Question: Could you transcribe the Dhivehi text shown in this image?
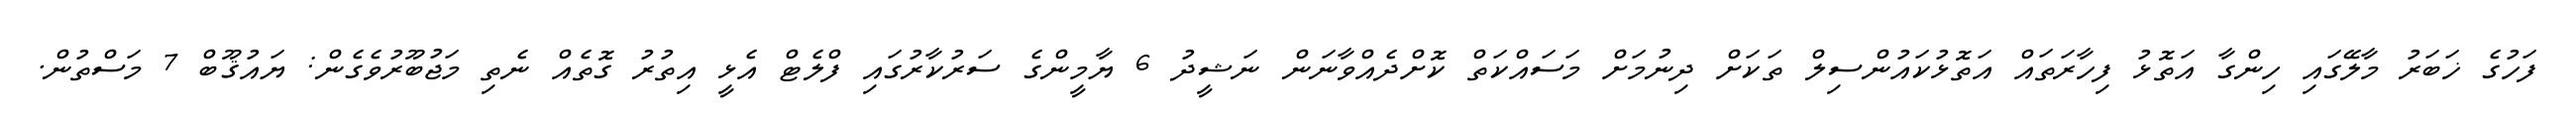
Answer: ފަހުގެ ޚަބަރު މާލޭގައި ހިންގާ އަތޮޅު ފިހާރަތައް އަތޮޅުކައުންސިލް ތަކަށް ދިނުމަށް މަސައްކަތް ކޮށްދެއްވާނަން ނަޝީދު 6 ޔާމީންގެ ސަރުކާރުގައި ފްލެޓް އެޅީ އިތުރު ގޮތެއް ނެތި މަޖުބޫރުވެގެން: ޔައުޤޫބް 7 މަސްތުން.